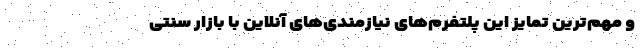
و مهم‌ترین تمایز این پلتفرم‌های نیازمندی‌های آنلاین با بازار سنتی